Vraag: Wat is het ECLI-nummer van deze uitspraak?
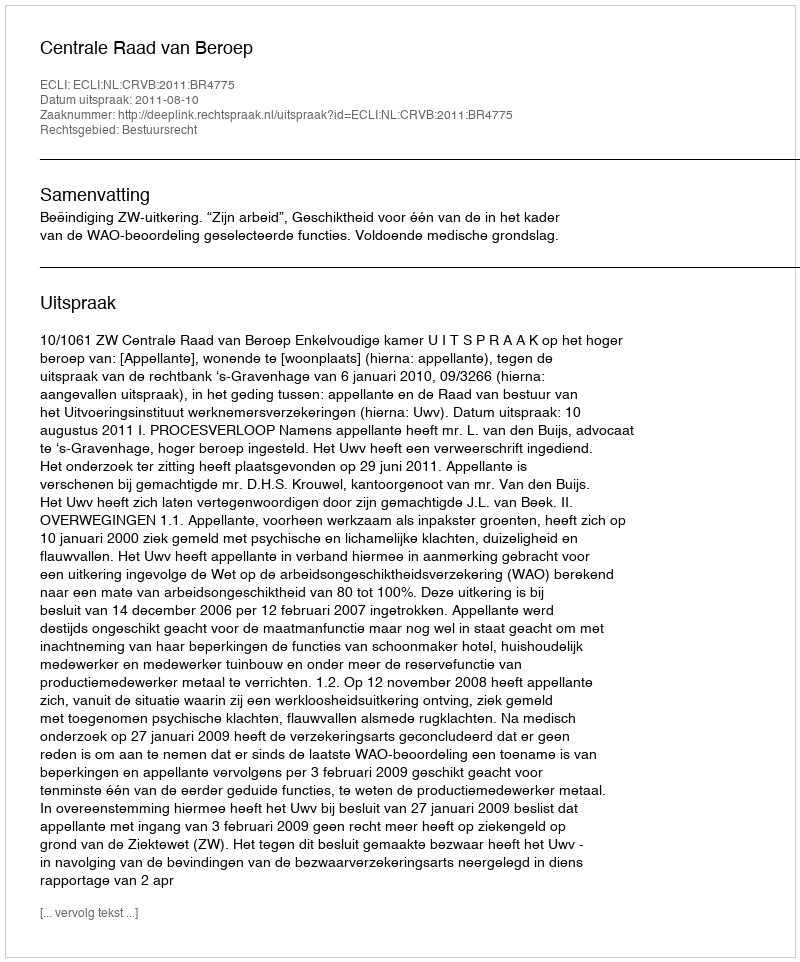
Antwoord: ECLI:NL:CRVB:2011:BR4775